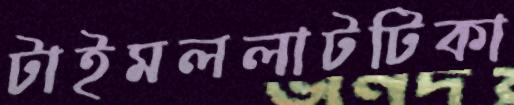
টাইমললাটটিকা